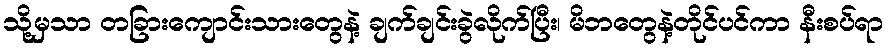
သို့မှသာ တခြားကျောင်းသားတွေနဲ့ ချက်ချင်းခွဲလိုက်ပြီး၊ မိဘတွေနဲ့တိုင်ပင်ကာ နီးစပ်ရာ